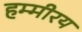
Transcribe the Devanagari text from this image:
हम्मीरय